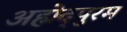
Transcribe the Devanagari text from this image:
अह्मेद्पुरम